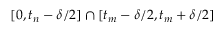
[ 0 , t _ { n } - \delta / 2 ] \cap [ t _ { m } - \delta / 2 , t _ { m } + \delta / 2 ]